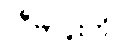
လီဗာပူးကို